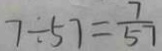
7 \div 5 7 = \frac { 7 } { 5 7 }